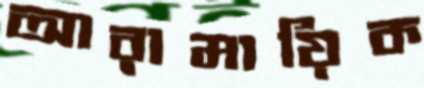
আরামায়িক